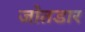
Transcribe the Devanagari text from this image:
जोतडार